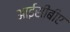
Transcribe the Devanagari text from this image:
आईसीबीए